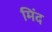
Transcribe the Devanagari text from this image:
मिंद